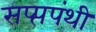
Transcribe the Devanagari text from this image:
सप्प्तपंथी